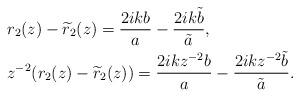
LaTeX: \begin{align*}&r_2(z)-\widetilde{r}_2(z)=\frac{2 i kb}{a}-\frac{2 i k\tilde{b}}{\tilde{a}},\\&z^{-2}(r_2(z)-\widetilde{r}_2(z))=\frac{2 i kz^{-2}b}{a}-\frac{2 i kz^{-2}\tilde{b}}{\tilde{a}}.\end{align*}